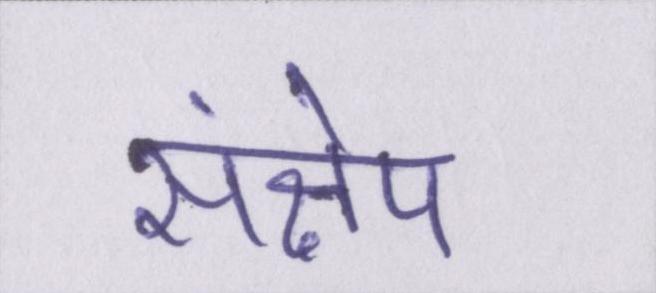
संक्षेप